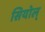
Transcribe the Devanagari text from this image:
सियोल्